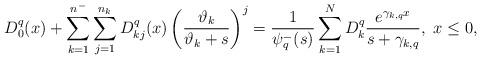
LaTeX: \begin{align*}&D^q_0(x)+\sum_{k=1}^{n^-}\sum_{j=1}^{n_k}D^q_{kj}(x)\left(\frac{\vartheta_k}{\vartheta_k+ s}\right)^j=\frac{1}{\psi_q^-(s)}\sum_{k=1}^{N}D^q_{k}\frac{e^{\gamma_{k,q} x}}{s+\gamma_{k,q}}, \ x\leq 0,\end{align*}